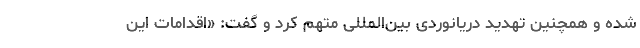
شده و همچنین تهدید دریانوردی بین‌المللی متهم کرد و گفت: «اقدامات این